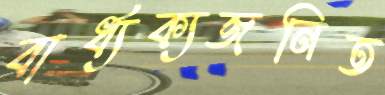
বার্ধ্যক্যজনিত